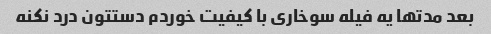
بعد مدتها یه فیله سوخاری با کیفیت خوردم دستتون درد نکنه